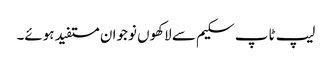
لیپ ٹاپ سکیم سے لاکھوں نوجوان مستفید ہوئے۔